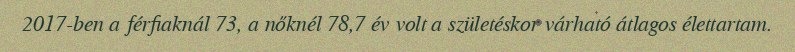
2017-ben a férfiaknál 73, a nőknél 78,7 év volt a születéskor várható átlagos élettartam.